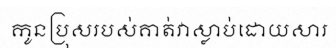
កូនប្រុសរបស់គាត់វាស្លាប់ដោយសារ